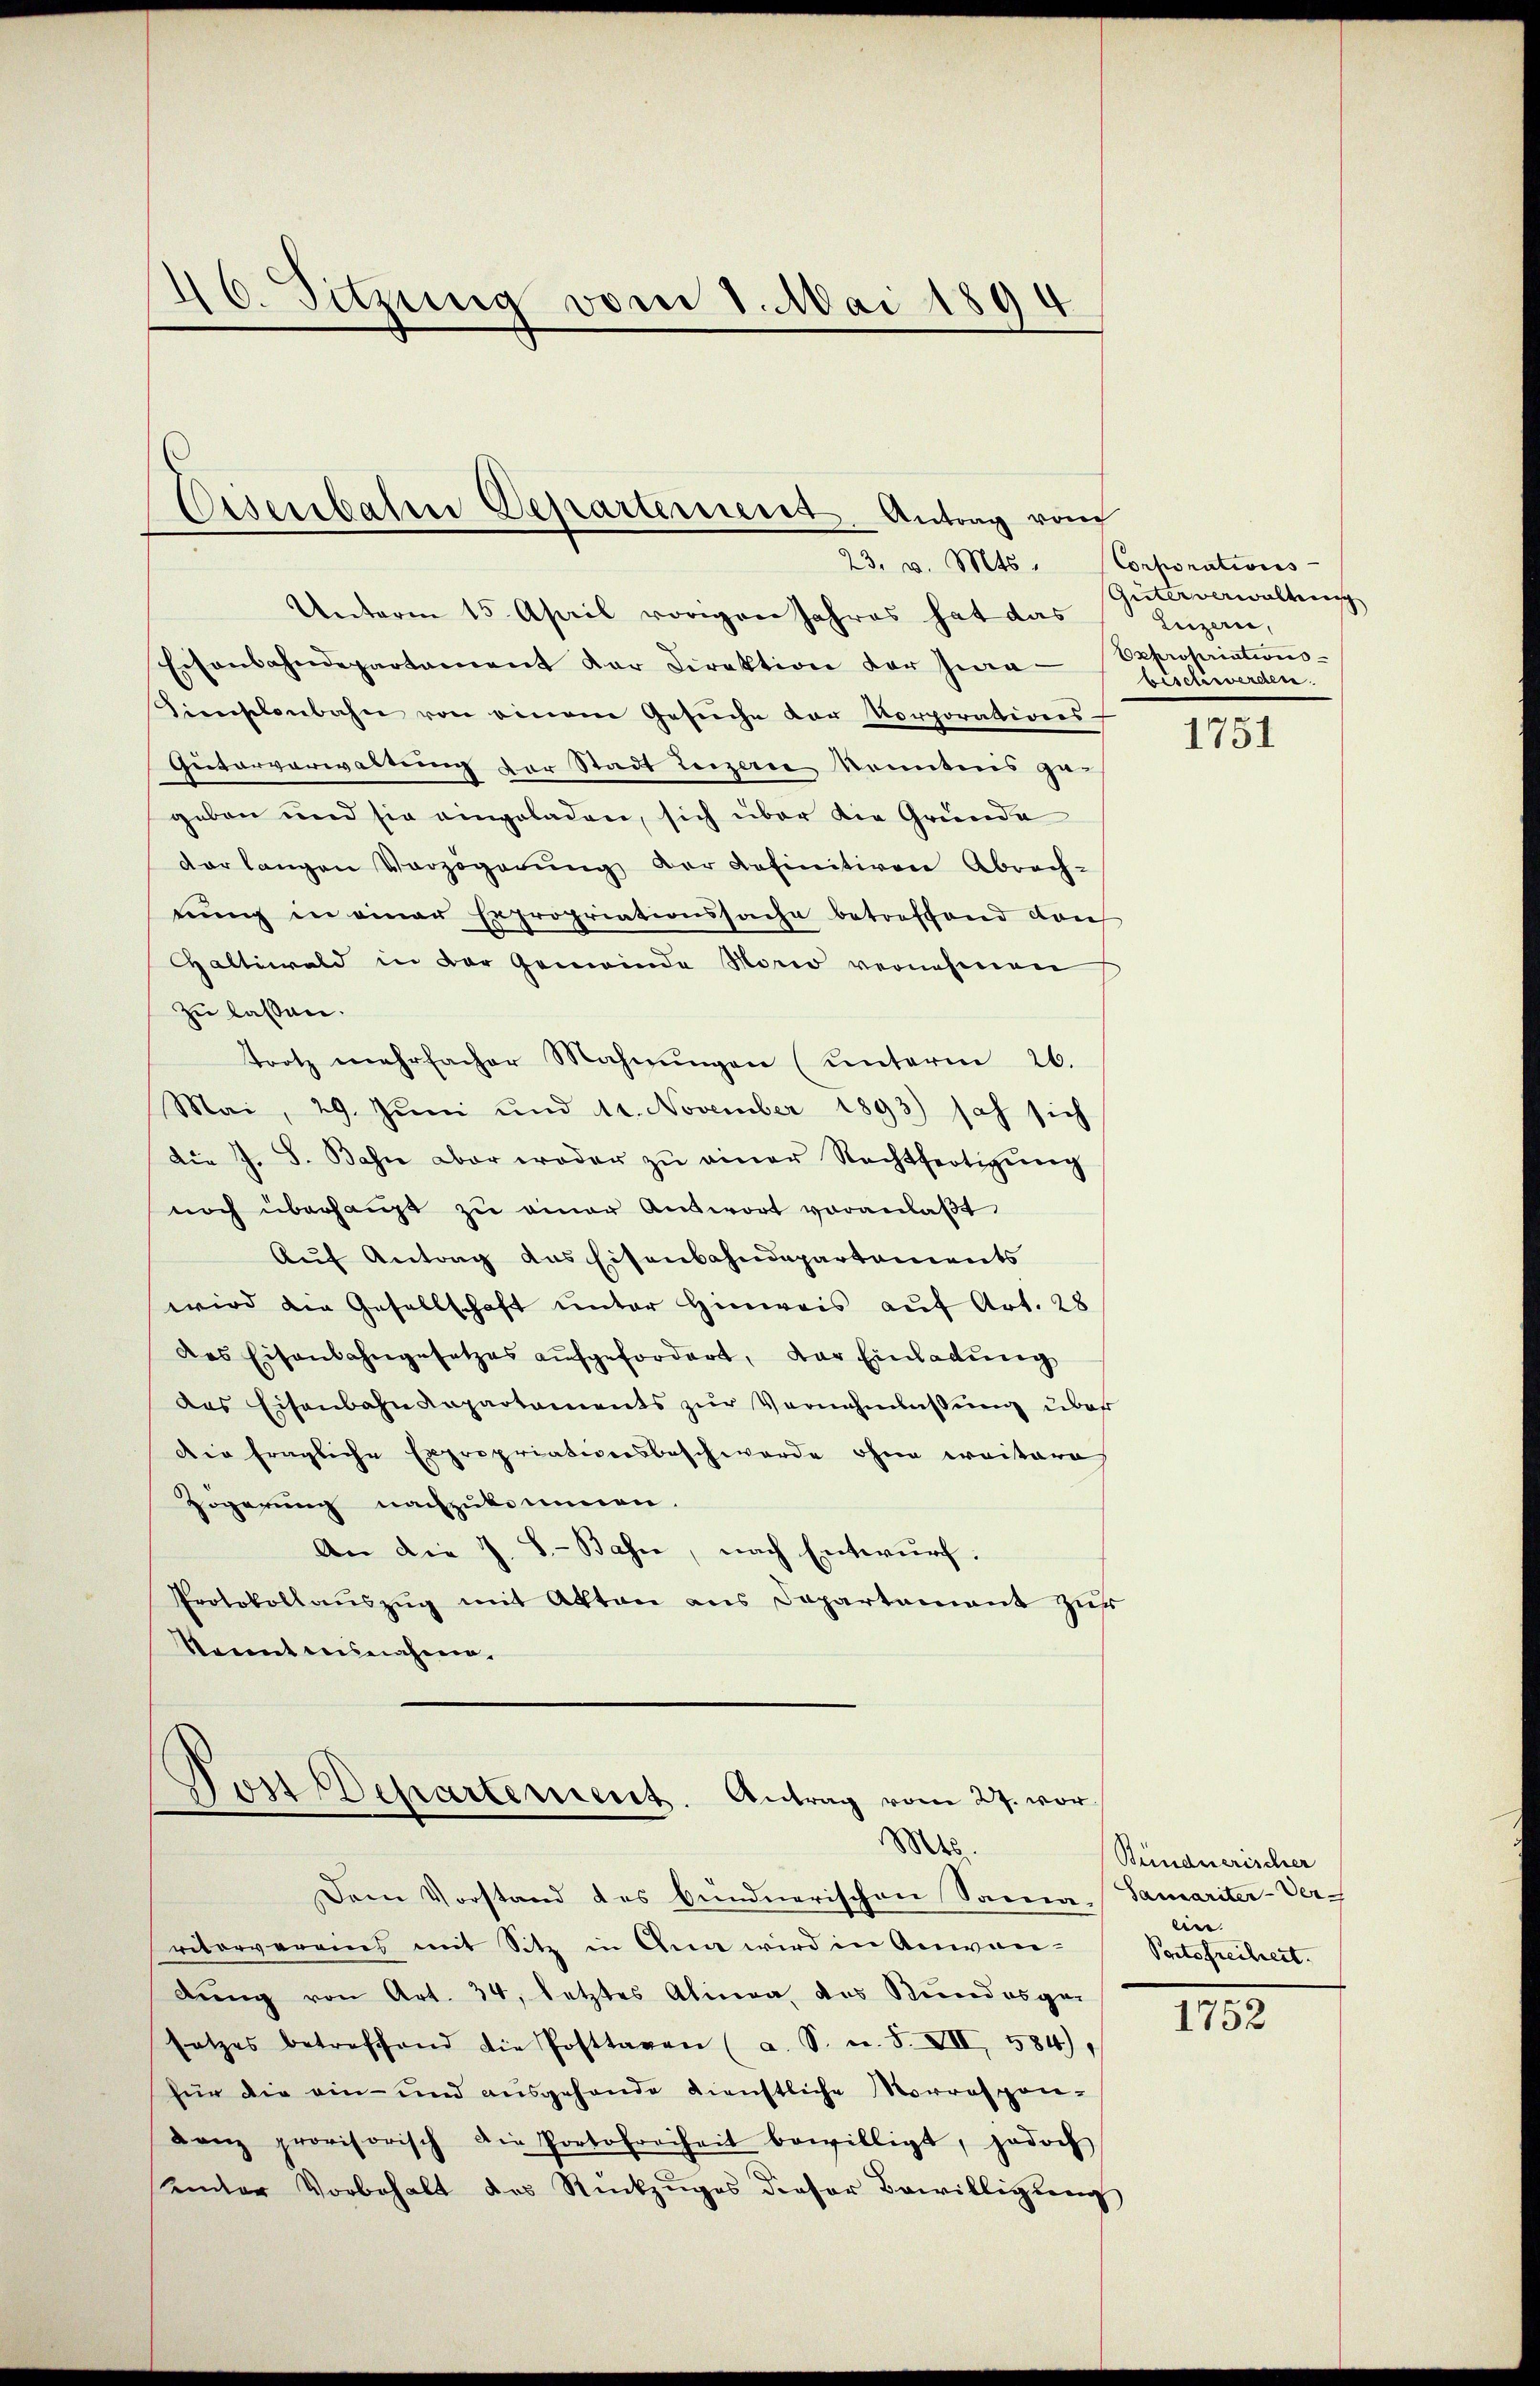
46. Sitzung vom 1. Mai 1894

Unterm 15. April vorigen Jahres hat das
Eisenbahndepartament der Direktion der Zwa
Fieschenbahn von einem Gesŭche der Korporationes
Autarverwaltung der Stadt Leizerie konntens ge-
geben und sie eingeladen, sich über die Gründe
dar langen Verzögerŭng der definitiven Abrech-
nung in einer Expropriationssache betreffend dan
Galtiwald in der Gemeinde Norio vernehmen
zu lassen.
trotz mehrfacher Mahnŭngen (unterm 26.
Mai, 29. Juni und 14. November 1893) sah sich
die J. S. Bahn aber woder zŭ einer Nachtfertigŭng
noch überhaupt zŭ einer Antwort voranlaβt
Auf Antrag das Eisenbahndepartements
wird die Gesellschaft unter Hinweis auf Art. 28
das Eisenbahngesetzes aufgefordert, der Einladung
das Eisenbahndepartaments zŭr Vernehmlassŭng über
Die fragliche Expropriationsbeschwerde ohne weitera
zögerung nachzukommen.
An die J. S.-Bahne, nach Entwurf.
Protokollaŭszŭg mit Akten ans Departamant zŭr
Konntensnahmen.

Eisenbaten Departement Antrag vom

Por Departement. Antrag vom 27. vor
Mts.

23. v. Mts. Corporations-

Dem Vorstand des bundnerischen Sacra-Samariter-Ver-
riterverains mit Sitz in Ana wird in Anwen-
dŭng von Art. 34, letztes Alinea das Stundesge-
satzes betreffend die Posttagen (a. S. u. S. XII, 584).
für die ein- und ausgehande künstliche Morrespon-
Lanz provisorisch die Portofreiheit bewilligt, jedoch
Kinder Vorbehalt des Rückzŭges dieser Bewilligung

Güterverwaltung
Luzern,
Expropriations-
bischwerden.

1751

Bündnerischer
ein.
Portofreiheit.

1752